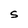
Character: S